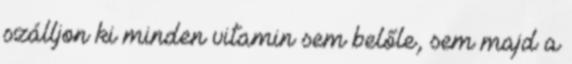
szálljon ki minden vitamin sem belőle, sem majd a